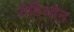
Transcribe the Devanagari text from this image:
रोडिओन